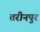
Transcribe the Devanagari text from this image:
तरीनपुर